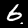
Label: 6